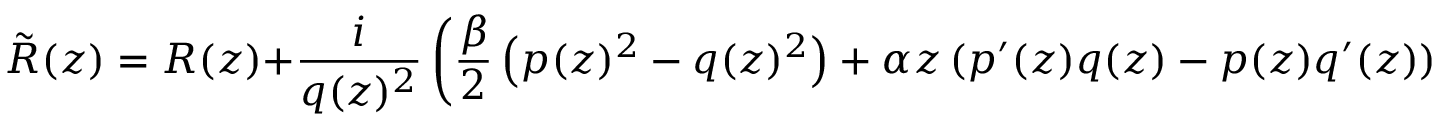
{ \tilde { R } } ( z ) = R ( z ) + \frac { i } { q ( z ) ^ { 2 } } \left( \frac { \beta } { 2 } \left( p ( z ) ^ { 2 } - q ( z ) ^ { 2 } \right) + \alpha z \left( p ^ { \prime } ( z ) q ( z ) - p ( z ) q ^ { \prime } ( z ) \right) \right) + O ( \alpha , \beta ) ,